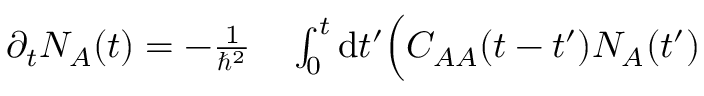
\begin{array} { r l } { \partial _ { t } N _ { A } ( t ) = - \frac { 1 } { \hbar ^ { 2 } } } & { { } \int _ { 0 } ^ { t } \mathrm { d } t ^ { \prime } \Big ( C _ { A A } ( t - t ^ { \prime } ) N _ { A } ( t ^ { \prime } ) } \end{array}